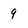
Character: 9